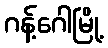
ဂန့်ဂေါမြို့